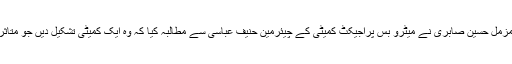
تاجروں کے وفد سے خطاب کرتے ہوئے اسلام آباد چیمبر آف کامرس اینڈ انڈسٹری کے صدر مزمل حسین صابری نے میٹرو بس پراجیکٹ کمیٹی کے چیئرمین حنیف عباسی سے مطالبہ کیا کہ وہ ایک کمیٹی تشکیل دیں جو متاثرہ تاجروں کے نقصانات کا جائزہ لے تا کہ حکومت ان کے نقصانات کا مناسب ازالہ کر سکے۔